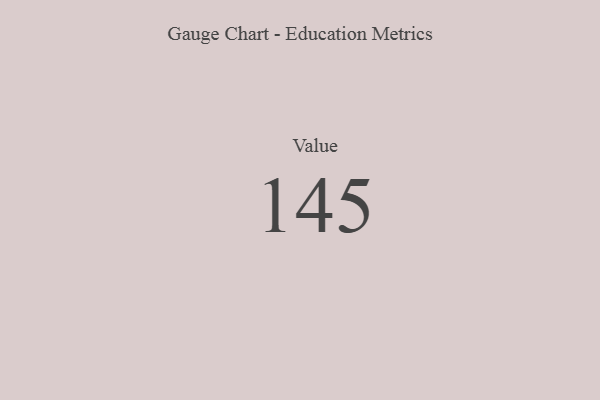
{"axis": {"x": "Metric", "y": "Value"}, "legend": [""], "data": [{"x": "Value", "y": 145, "type": ""}]}